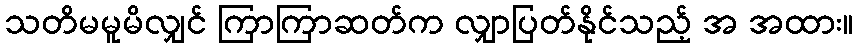
သတိမမူမိလျှင် ကြာကြာဆတ်က လျှာပြတ်နိုင်သည့် အ အထား။